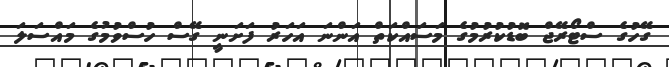
ގޭހުގެ ސްޓޯރޭޖް ބޮޑުކުރުމުގެ މަސައްކަތް އަންނަ އަހަރު ފަށަނީ ގޭސް ހުސްވުމުގެ މައްސަލަ